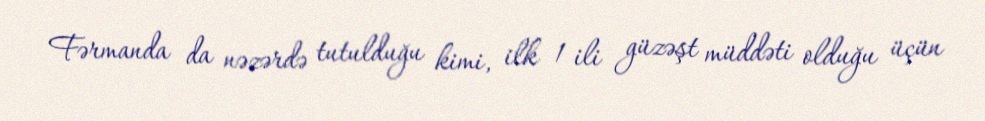
Fərmanda da nəzərdə tutulduğu kimi, ilk 1 ili güzəşt müddəti olduğu üçün